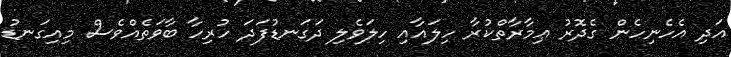
އަދި އެހެނިހެން ގެދޮރު ޢިމާރާތްކުރާ ހިލައާއި ހިލަވެލި ދަގަނޑުފަދަ ހުރިހާ ބާވަތެއްވެސް މިއިގަނޑު